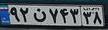
۹۲ن۷۴۳۳۸